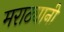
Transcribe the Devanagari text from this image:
मराठ्यानी